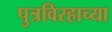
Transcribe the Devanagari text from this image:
पुत्रविरहाच्या